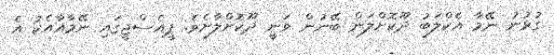
ގުޅުނު ނޭމާ އެކްލަބު ދޫކޮށްލަން ބޭނުން ވަނީ ދޫކޮށްލާށެވެ. ޕީއެސްޖީގައި ނޭމާއާއެކު އެ